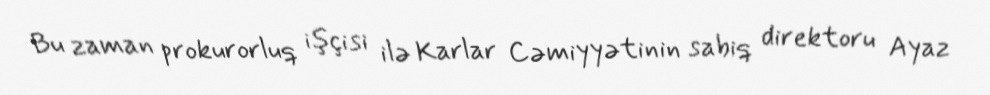
Bu zaman prokurorluq işçisi ilə Karlar Cəmiyyətinin sabiq direktoru Ayaz